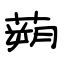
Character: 蒴